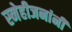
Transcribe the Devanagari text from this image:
स्नेहीजनांनी